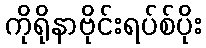
ကိုရိုနာဗိုင်းရပ်စ်ပိုး